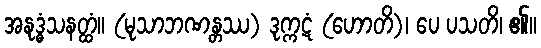
အနုဒ္ဓံသနတ္ထံ။ (မုသာဘဏန္တဿ) ဒုက္ကဋံ (ဟောတိ)၊ ပေ ပသတိ၊ ၏။